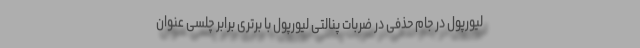
لیورپول در جام حذفی در ضربات پنالتی لیورپول با برتری برابر چلسی عنوان